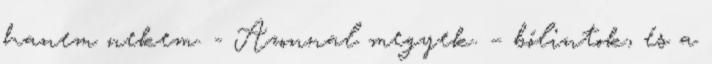
hanem nekem. - Azonnal megyek. – bólintok, és a